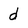
Character: d